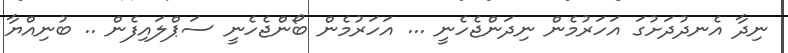
ނިދާ އެނދުދަށުގަ އަހަރުމެން ނިދަންޖެހެނީ ... އަހަރުމެން ބޯންޖެހެނީ ސަޕްލައިފެން .. ބުނިއްޔާ